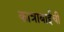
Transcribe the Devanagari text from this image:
कात्राबाईची